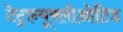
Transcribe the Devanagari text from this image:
टेट्रान्यूक्लीओटिड